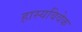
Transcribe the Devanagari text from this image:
हास्यविवेक